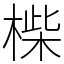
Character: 𣖧